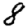
Digit: 8